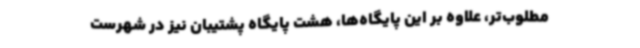
مطلوب‌تر، علاوه بر این پایگاه‌ها، هشت پایگاه پشتیبان نیز در شهرست